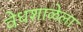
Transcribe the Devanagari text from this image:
वेधशाळेला